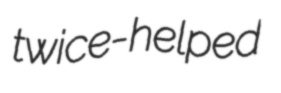
twice-helped